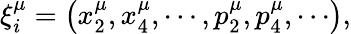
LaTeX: \xi_{i}^{\mu}=\left(x_{2}^{\mu},x_{4}^{\mu},\cdots,p_{2}^{\mu},p_{4}^{\mu},\cdots\right),